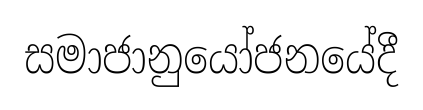
සමාජානුයෝජනයේදී